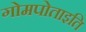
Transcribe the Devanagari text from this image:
गोमपोताइति